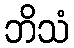
ဘိသံ